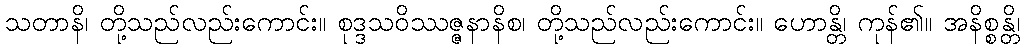
သတာနိ၊ တို့သည်လည်းကောင်း။ စုဒ္ဒသဝိဿဇ္ဇနာနိစ၊ တို့သည်လည်းကောင်း။ ဟောန္တိ၊ ကုန်၏။ အနိစ္စန္တိ၊